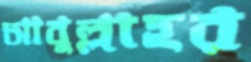
আবুল্লাহর